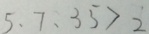
5 、 7 、 3 5 > 2